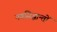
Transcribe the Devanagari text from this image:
नवसिद्धान्तों